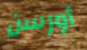
أورسن